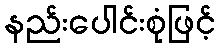
နည်းပေါင်းစုံဖြင့်